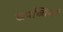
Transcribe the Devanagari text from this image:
खपच्चियां